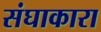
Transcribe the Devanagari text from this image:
संघाकारा